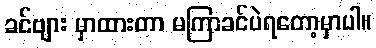
ခင်ဗျား မှာထားတာ မကြာခင်ပဲရတော့မှာပါ။